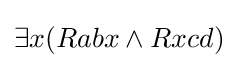
\exists x(Rabx\land Rxcd)